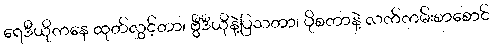
ရေဒီယိုကနေ ထုတ်လွှင့်တာ၊ ဗွီဒီယိုနဲ့ပြသတာ၊ ပိုစတာနဲ့ လက်ကမ်းစာစောင်